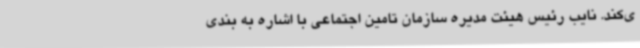
ی‌کند. نایب رئیس هیئت مدیره سازمان تامین اجتماعی با اشاره به بندی